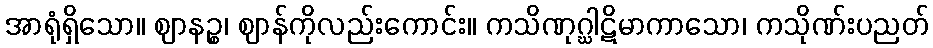
အာရုံရှိသော။ ဈာနဉ္စ၊ ဈာန်ကိုလည်းကောင်း။ ကသိဏုဂ္ဃါဋိမာကာသော၊ ကသိုဏ်းပညတ်